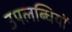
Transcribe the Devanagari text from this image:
उपलब्धियों